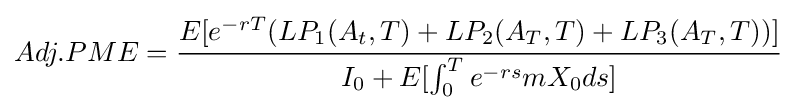
Adj.PME={\cfrac {E[e^{-rT}(LP_{1}(A_{t},T)+LP_{2}(A_{T},T)+LP_{3}(A_{T},T))]}{I_{0}+E[\int _{0}^{T}e^{-rs}mX_{0}ds]}}